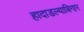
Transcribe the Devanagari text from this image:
हादाडल्याबिगार